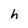
Character: h